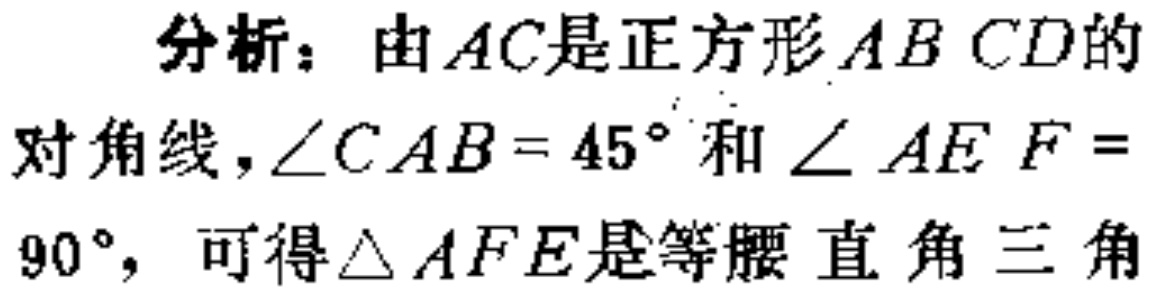
分析：由\(AC\)是正方形\(ABCD\)的
对角线，\(\angle CAB = 45^{\circ}\)和\(\angle AEF =
90^{\circ}\)，可得\(\triangle AFE\)是等腰直角三角